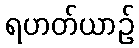
ရဟတ်ယာဉ်